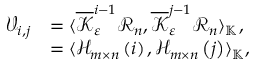
\begin{array} { r l } { \mathcal { V } _ { i , j } } & { = \langle \overline { { \mathcal { K } } } _ { \varepsilon } ^ { i - 1 } \mathcal { R } _ { n } , \overline { { \mathcal { K } } } _ { \varepsilon } ^ { j - 1 } \mathcal { R } _ { n } \rangle _ { \mathbb { K } } , } \\ & { = \langle \mathcal { H } _ { m \times n } \left( i \right) , \mathcal { H } _ { m \times n } \left( j \right) \rangle _ { \mathbb { K } } , } \end{array}